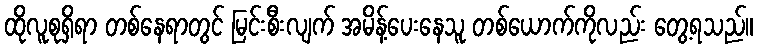
ထိုလူစုရှိရာ တစ်နေရာတွင် မြင်းစီးလျက် အမိန့်ပေးနေသူ တစ်ယောက်ကိုလည်း တွေ့ရသည်။